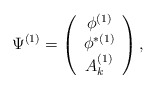
\begin{align*}\Psi^{(1)} = \left(\begin{array}{c} \phi^{(1)} \\ \phi^{\ast (1)} \\ A_{k}^{(1)} \end{array} \right),\end{align*}